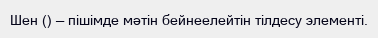
Шен () — пішімде мәтін бейнеелейтін тілдесу элементі.